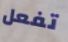
تفعل